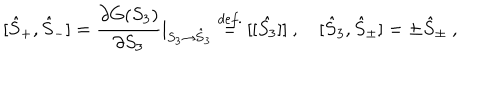
LaTeX: [ \hat { S } _ { + } , \hat { S } _ { - } ] = \displaystyle \frac { \partial G ( S _ { 3 } ) } { \partial S _ { 3 } } \vert _ { S _ { 3 } \to \hat { S } _ { 3 } } \stackrel { d e f . } { = } [ [ \hat { S _ { 3 } } ] ] ~ , ~ [ \hat { S } _ { 3 } , \hat { S } _ { \pm } ] = \pm \hat { S } _ { \pm } ~ ,